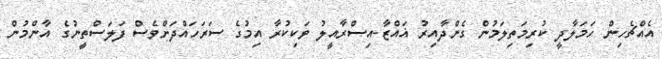
އެއްޗެހިން ހަމަލާދީ ކުރިމަތިލަމުން ގެންދާއިރު ޣައްޒާ-އިސްރާއީލު ވަކިކުރާ އިމުގެ ސަރަހައްދަށްވެސް ފަލަސްތީނުގެ އާންމުން